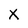
Character: X